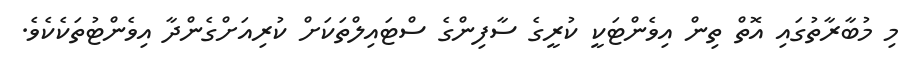
މި މުބާރާތުގައި އޮތް ތިން އިވެންޓަކީ ކުރީގެ ސާފިންގެ ސްޓައިލްތަކަށް ކުރިއަށްގެންދާ އިވެންޓުތަކެކެވެ.